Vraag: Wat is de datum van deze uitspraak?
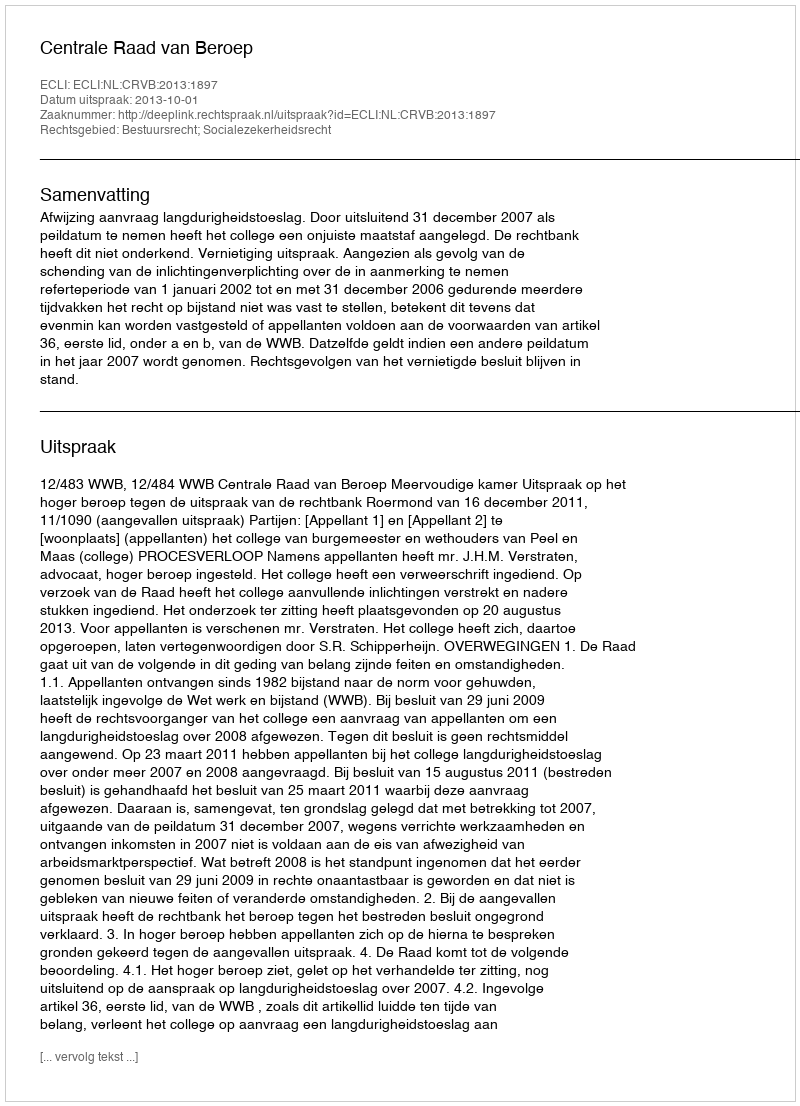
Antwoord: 2013-10-01